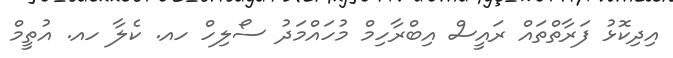
އިދިކޮޅު ފަރާތްތައް ރައީސް އިބްރާހިމް މުހައްމަދު ސޯލިހް ހއ. ކެލާ ހއ. އުތީމް